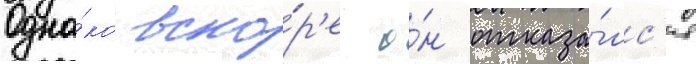
Одна́ко вско́р'е о́н отказа́лс'я